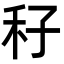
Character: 秄